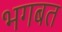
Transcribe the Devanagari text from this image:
भगबत